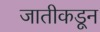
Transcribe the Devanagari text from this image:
जातीकडून